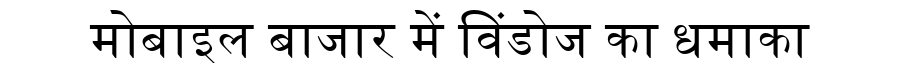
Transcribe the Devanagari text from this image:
मोबाइल बाजार में विंडोज का धमाका